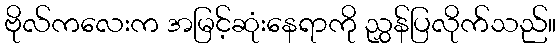
ဗိုလ်ကလေးက အမြင့်ဆုံးနေရာကို ညွှန်ပြလိုက်သည်။